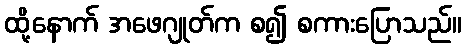
ထို့နောက် အဖေဂျုတ်က စ၍ စကားပြောသည်။